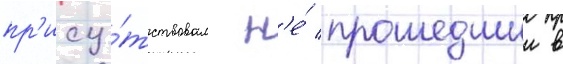
пр'ису́тствовал н'е́ прошедшии в